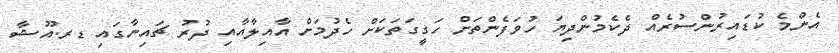
އެންމެ ކުޑައިރުންސުރެއް ދެކެމުންދިޔަ ހުވަފެންތަށް ހަގީގަތަކަށް ހެދުމަށް އާއިލާއާއި ދުރު ޗައިނާގައި ޑރ.އޫޝާ